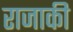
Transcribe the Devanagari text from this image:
राजाकी